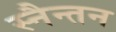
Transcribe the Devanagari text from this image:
स्नैन्तन